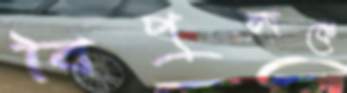
বিপুলকে